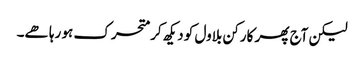
لیکن آج پھر کارکن بلاول کو دیکھ کر متحرک ہو رہا ھے۔